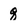
Character: q